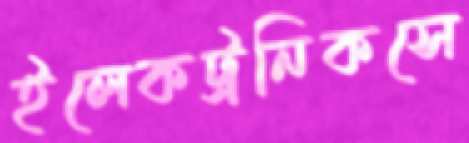
ইলেকট্রনিকসে